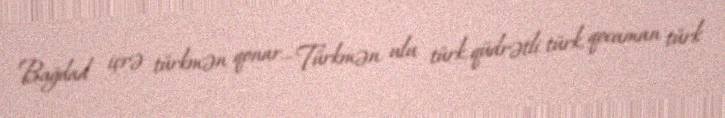
Bağdad içrə türkmən qonar... Türkmən ulu türk, qüdrətli türk, qocaman türk